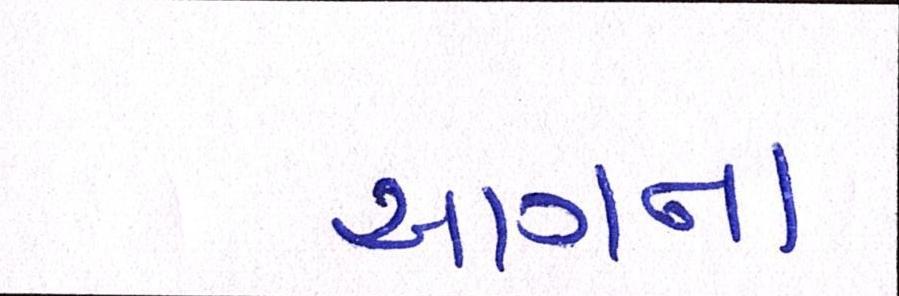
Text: આગના